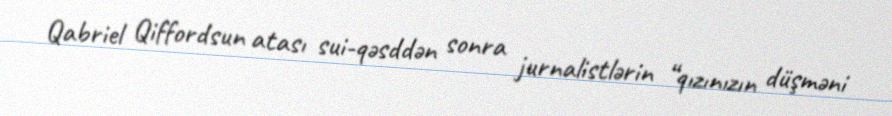
Qabriel Qiffordsun atası sui-qəsddən sonra jurnalistlərin “qızınızın düşməni